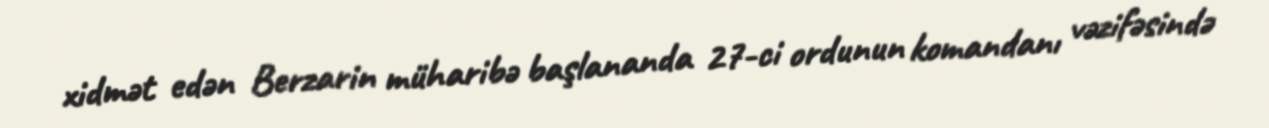
xidmət edən Berzarin müharibə başlananda 27-ci ordunun komandanı vəzifəsində